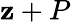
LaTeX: \mathbf{z}+P